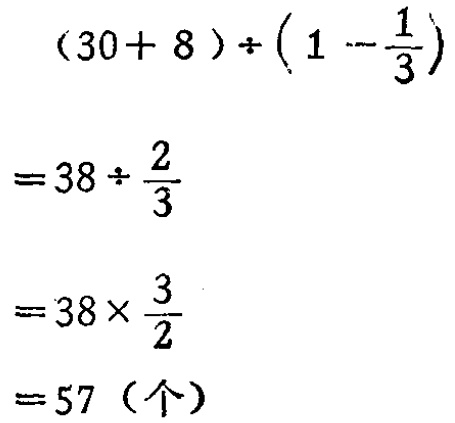
\[(30 + 8)\div\left(1-\frac{1}{3}\right)\]

\[=38\div\frac{2}{3}\]

\[=38\times\frac{3}{2}\]

\[= 57 (\text{个})\]